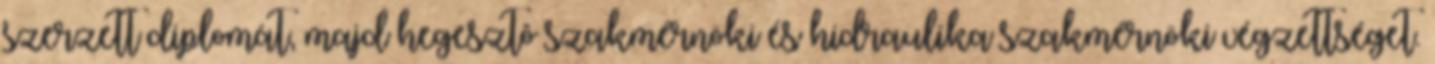
szerzett diplomát, majd hegesztô szakmérnöki és hidraulika szakmérnöki végzettséget.